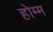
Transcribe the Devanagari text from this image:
होम्म